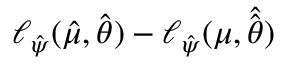
\ell _ { \hat { \boldsymbol { \psi } } } ( \hat { \mu } , \hat { \boldsymbol { \theta } } ) - \ell _ { \hat { \boldsymbol { \psi } } } ( \mu , \hat { \hat { \boldsymbol { \theta } } } )